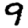
Digit: 9